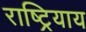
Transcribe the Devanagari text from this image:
राष्ट्रियाय